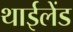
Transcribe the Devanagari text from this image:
थाईलेंड